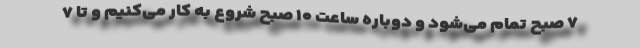
۷ صبح تمام می‌شود و دوباره ساعت ۱۰ صبح شروع به کار می‌کنیم و تا ۷